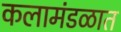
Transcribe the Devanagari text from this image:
कलामंडळात